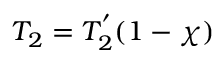
T _ { 2 } = T _ { 2 } ^ { ' } ( 1 - \chi )